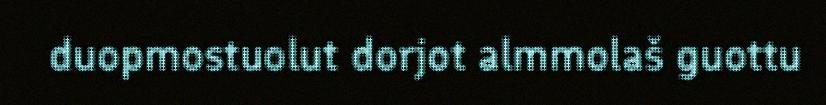
duopmostuolut dorjot almmolaš guottu